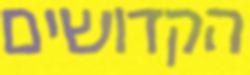
הקדושים